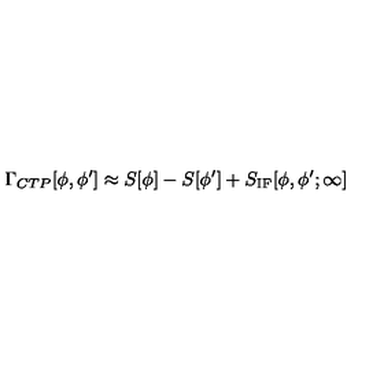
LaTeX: \Gamma _ { C T P } [ \phi , \phi ^ { \prime } ] \approx S [ \phi ] - S [ \phi ^ { \prime } ] + S _ { \mathrm { I F } } [ \phi , \phi ^ { \prime } ; \infty ]